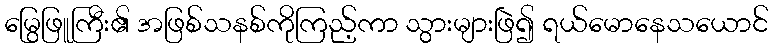
မြွေဖြူကြီး၏ အဖြစ်သနစ်ကိုကြည့်ကာ သွားများဖြဲ၍ ရယ်မောနေသယောင်